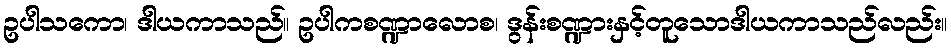
ဥပါသကော၊ ဒါယကာသည်။ ဥပါကစဏ္ဍာလောစ၊ ဒွန်းစဏ္ဍားနှင့်တူသောဒါယကာသည်လည်း။